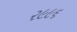
૨૯૯૬